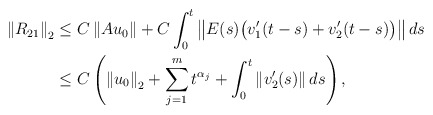
\begin{align*} \left\| R_{21} \right\|_2 & \leq C\left\| Au_0\right\| + C\int_0^t \left\|E(s) \big( v_1'(t-s) + v_2'(t-s) \big)\right\| ds \\ & \leq C\left( \left\| u_0\right\|_2 + \sum\limits_{j=1}^{m} t^{\alpha_j} + \int_0^t \left\| v_2'(s) \right\|ds \right), \end{align*}